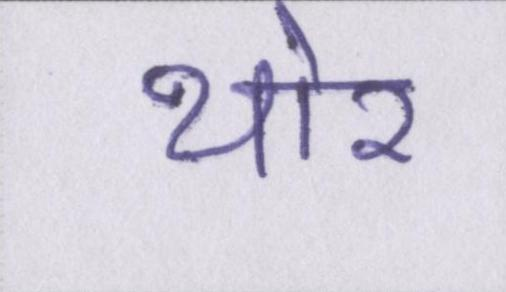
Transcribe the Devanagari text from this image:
थोर